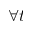
\forall t